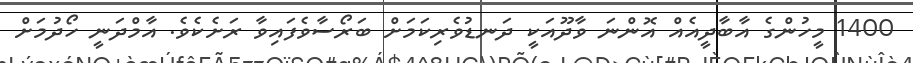
1400 މީހުންގެ އާބާދީއެއް އޮންނަ ވާދޫއަކީ ދަނޑުވެރިކަމަށް ބަރޯސާވެފައިވާ ރަށެކެވެ. އާމްދަނީ ހޯދުމަށް